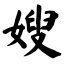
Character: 嫂